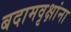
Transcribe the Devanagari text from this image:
बदामवृक्षांना